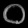
Digit: ၀